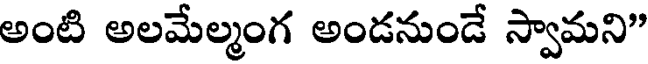
అంటి అలమేల్మంగ అండనుండే స్వామని"